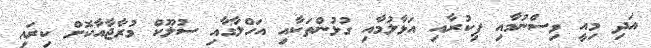
އަދި މިއީ ވިސްނުމާއި ފިކުރާއި އަޅާލުމާއި ގުޅުންތަކާއި އަހްލާގާއި ސުލޫކް މުރާޖާއާކޮށް ކިރައި